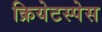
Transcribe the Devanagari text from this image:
क्रियेटस्पेस